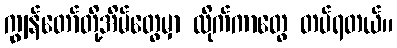
ကျွန်တော်တို့အိမ်တွေမှာ လိုက်ကာတွေ တပ်ရတယ်။